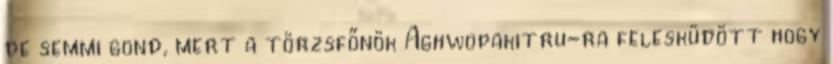
de semmi gond, mert a törzsfőnök Aghwopakitru-ra felesküdött hogy